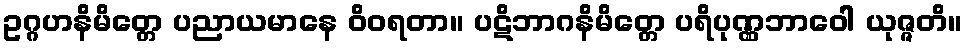
ဥဂ္ဂဟနိမိတ္တေ ပညာယမာနေ ဝိဝရတာ။ ပဋိဘာဂနိမိတ္တေ ပရိပုဏ္ဏဘာဝေါ ယုဇ္ဇတိ။